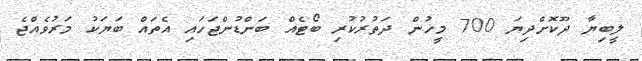
ލީބިޔާ ދޫކޮށްދިޔަ 700 މީހުން ދަތުރުކުރި ބޯޓެއް ބަންޑުންޖަހައި އެތައް ބަޔަކު މަރުވެއްޖެ